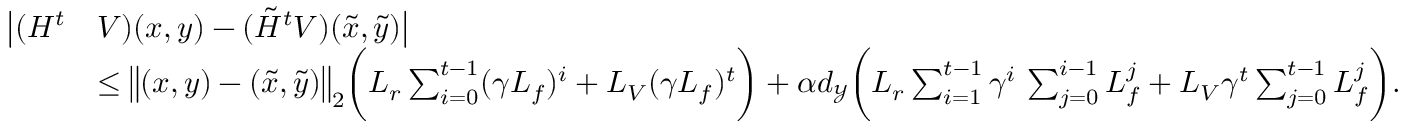
\begin{array} { r l } { \bigl | ( H ^ { t } } & { V ) ( x , y ) - ( \tilde { H } ^ { t } V ) ( \tilde { x } , \tilde { y } ) \bigr | } \\ & { \leq \bigl \| ( x , y ) - ( \tilde { x } , \tilde { y } ) \bigl \| _ { 2 } \biggl ( L _ { r } \sum _ { i = 0 } ^ { t - 1 } ( \gamma L _ { f } ) ^ { i } + L _ { V } ( \gamma L _ { f } ) ^ { t } \biggr ) + \alpha d _ { \mathcal { Y } } \biggl ( L _ { r } \sum _ { i = 1 } ^ { t - 1 } \gamma ^ { i } \, \sum _ { j = 0 } ^ { i - 1 } L _ { f } ^ { j } + L _ { V } \gamma ^ { t } \sum _ { j = 0 } ^ { t - 1 } L _ { f } ^ { j } \biggr ) . } \end{array}